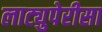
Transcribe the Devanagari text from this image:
लाट्युपेरीसा